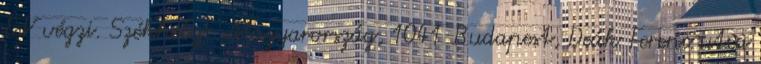
E.V végzi. Székhely: Magyarország, 1041 Budapest, Deák Ferenc utca